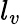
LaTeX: l_{v}